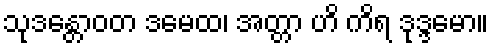
သုဒန္တောဝတ ဒမေထ၊ အတ္တာ ဟိ ကိရ ဒုဒ္ဒမော။